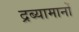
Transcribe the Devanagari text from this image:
द्रब्यामानों